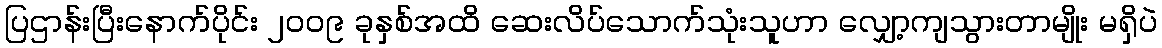
ပြဌာန်းပြီးနောက်ပိုင်း ၂၀၀၉ ခုနှစ်အထိ ဆေးလိပ်သောက်သုံးသူဟာ လျှော့ကျသွားတာမျိုး မရှိပဲ